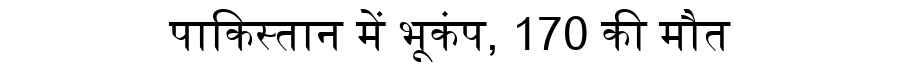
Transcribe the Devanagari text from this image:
पाकिस्तान में भूकंप, 170 की मौत